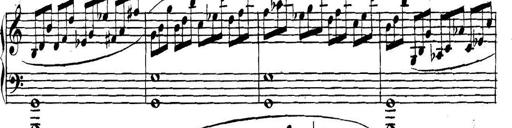
Title: Collected Piano Sonatas
Composer: Muzio Clementi